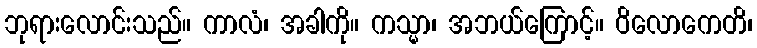
ဘုရားလောင်းသည်။ ကာလံ၊ အခါကို။ ကသ္မာ၊ အဘယ်ကြောင့်။ ဝိလောကေတိ၊